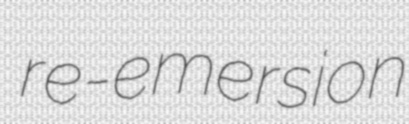
re-emersion